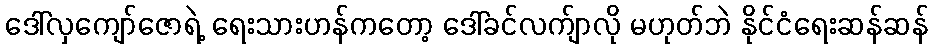
ဒေါ်လှကျော်ဇောရဲ့ ရေးသားဟန်ကတော့ ဒေါ်ခင်လက်ျာလို မဟုတ်ဘဲ နိုင်ငံရေးဆန်ဆန်